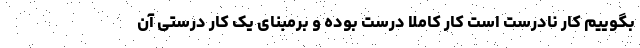
بگوییم کار نادرست است کار کاملا درست بوده و برمبنای یک کار درستی آن